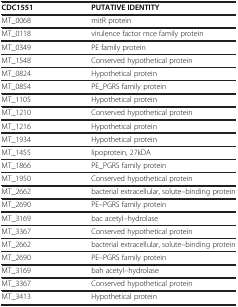
<table><thead><tr><td><b>CDC1551</b></td><td><b>PUTATIVE IDENTITY</b></td></tr></thead><tbody><tr><td>MT_0068</td><td>mitR protein</td></tr><tr><td>MT_0118</td><td>virulence factor mce family protein</td></tr><tr><td>MT_0349</td><td>PE family protein</td></tr><tr><td>MT_1548</td><td>Conserved hypothetical protein</td></tr><tr><td>MT_0824</td><td>Hypothetical protein</td></tr><tr><td>MT_0854</td><td>PE_PGRS family protein</td></tr><tr><td>MT_1105</td><td>Hypothetical protein</td></tr><tr><td>MT_1210</td><td>Conserved hypothetical protein</td></tr><tr><td>MT_1216</td><td>Hypothetical protein</td></tr><tr><td>MT_1934</td><td>Hypothetical protein</td></tr><tr><td>MT_1455</td><td>lipoprotein, 27kDA</td></tr><tr><td>MT_1866</td><td>PE_PGRS family protein</td></tr><tr><td>MT_1950</td><td>Conserved hypothetical protein</td></tr><tr><td>MT_2662</td><td>bacterial extracellular, solute–binding protein</td></tr><tr><td>MT_2690</td><td>PE–PGRS family protein</td></tr><tr><td>MT_3169</td><td>bac acetyl–hydrolase</td></tr><tr><td>MT_3367</td><td>Conserved hypothetical protein</td></tr><tr><td>MT_2662</td><td>bacterial extracellular, solute–binding protein</td></tr><tr><td>MT_2690</td><td>PE–PGRS family protein</td></tr><tr><td>MT_3169</td><td>bah acetyl–hydrolase</td></tr><tr><td>MT_3367</td><td>Conserved hypothetical protein</td></tr><tr><td>MT_3413</td><td>Hypothetical protein</td></tr></tbody></table>